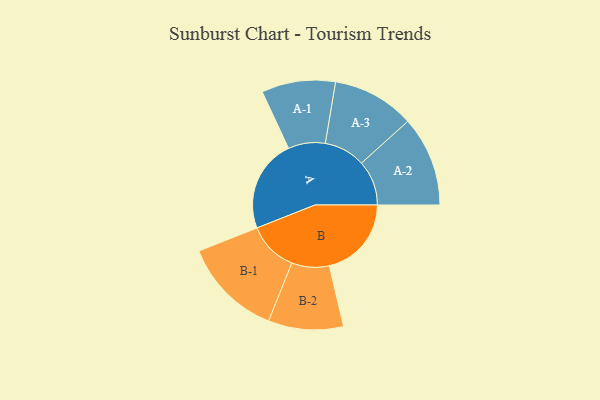
{"axis": {"x": "Segment", "y": "Value"}, "legend": ["", "A", "B"], "data": [{"x": "A", "y": 457, "type": ""}, {"x": "B", "y": 405, "type": ""}, {"x": "A-1", "y": 182, "type": "A"}, {"x": "A-2", "y": 222, "type": "A"}, {"x": "A-3", "y": 203, "type": "A"}, {"x": "B-1", "y": 246, "type": "B"}, {"x": "B-2", "y": 185, "type": "B"}]}